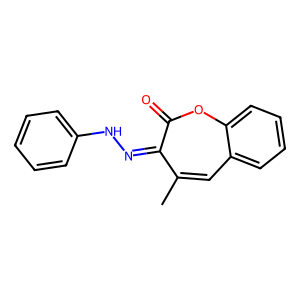
SMILES: Cc1cc2ccccc2oc(=O)c1=NNc1ccccc1
Inhibits HIV replication: No